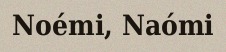
Noémi, Naómi